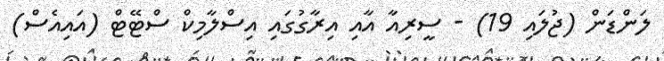
ލަންޑަން (ޖުލައި 19) - ސީރިއާ އާއި އިރާގުގައި އިސްލާމިކް ސްޓޭޓް (އައިއެސް)